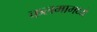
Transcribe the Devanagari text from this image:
कलमामध्ये